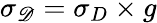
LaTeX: \sigma_{\mathscr D}=\sigma_{D}\times g